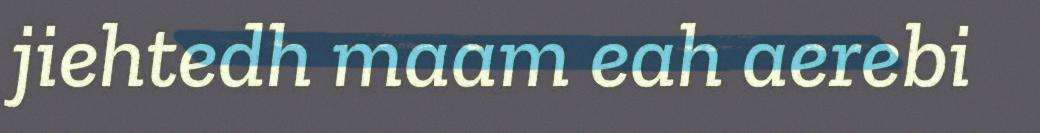
jiehtedh maam eah aerebi